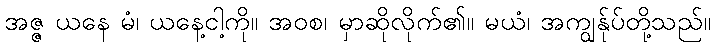
အဇ္ဇ ယနေ မံ၊ ယနေ့ငါ့ကို။ အဝစ၊ မှာဆိုလိုက်၏။ မယံ၊ အကျွန်ုပ်တို့သည်။